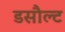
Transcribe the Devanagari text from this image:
डसौल्ट